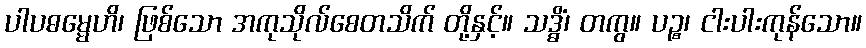
ပါပဓမ္မေဟိ၊ ဖြစ်သော အကုသိုလ်စေတသိက် တို့နှင့်။ သဒ္ဓိံ၊ တကွ။ ပဉ္စ၊ ငါးပါးကုန်သော။